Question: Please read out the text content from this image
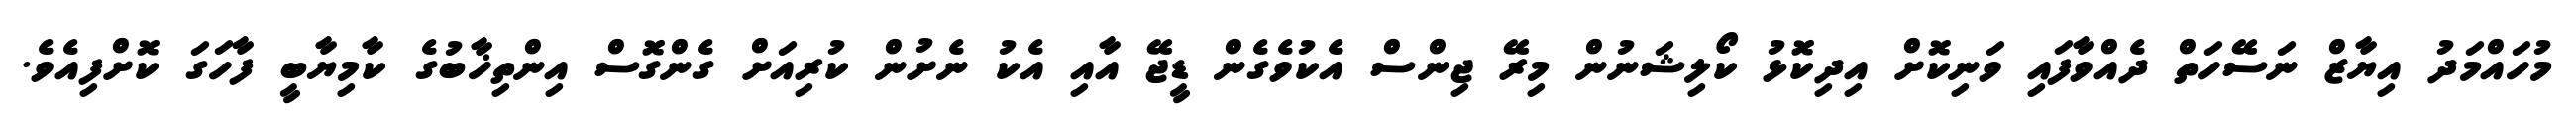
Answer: މުހައްމަދު އިޔާޒް ނަސޭހަތް ދެއްވާފައި ވަނިކޮށް އިދިކޮޅު ކޯލިޝަނުން މިރޭ ޖިންސް އެކުވެގެން ޑީޖޭ އާއި އެކު ނެށުން ކުރިއަށް ގެންގޮސް އިންތިޚާބުގެ ކާމިޔާބީ ފާހަގަ ކޮށްފިއެވެ.